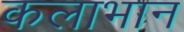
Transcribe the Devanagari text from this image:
कलाभान